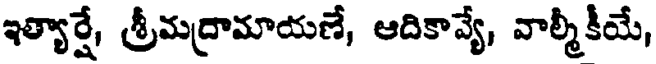
ఇత్యార్షే, శ్రీమద్రామాయణే, ఆదికావ్యే, వాల్మీకీయే,